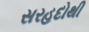
સરહદોથી